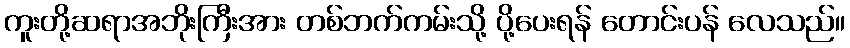
ကူးတို့ဆရာအဘိုးကြီးအား တစ်ဘက်ကမ်းသို့ ပို့ပေးရန် တောင်းပန် လေသည်။